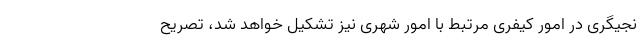
نجیگری در امور کیفری مرتبط با امور شهری نیز تشکیل خواهد شد، تصریح